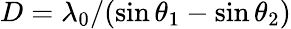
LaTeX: D=\lambda_{0}/(\sin\theta_{\mathrm{1}}-\sin\theta_{\mathrm{2}})